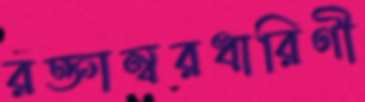
রক্তাম্বরধারিণী